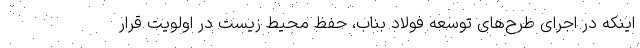
اینکه در اجرای طرح‌های توسعه فولاد بناب، حفظ محیط زیست در اولویت قرار